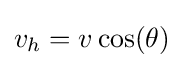
v_{h}=v\cos(\theta )